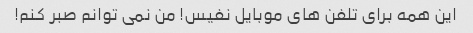
این همه برای تلفن های موبایل نفیس! من نمی توانم صبر کنم!